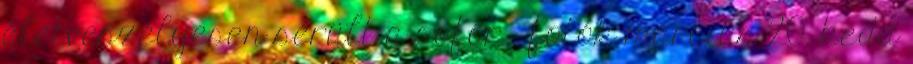
életveszélyesen sérült a sofőr - fotók március 20. kedd